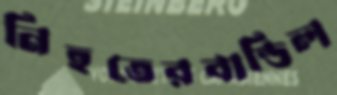
নিহতেরবান্ডিল